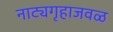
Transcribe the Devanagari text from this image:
नाट्यगृहाजवळ